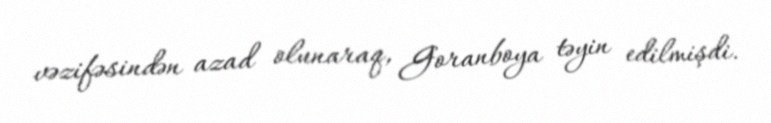
vəzifəsindən azad olunaraq, Goranboya təyin edilmişdi.